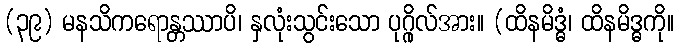
(၃၉) မနသိကရောန္တဿာပိ၊ နှလုံးသွင်းသော ပုဂ္ဂိုလ်အား။ (ထိနမိဒ္ဓံ၊ ထိနမိဒ္ဓကို။